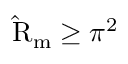
\mathrm { \hat { R } } _ { \mathrm { m } } \geq \pi ^ { 2 }